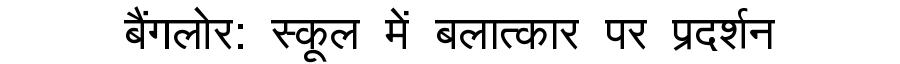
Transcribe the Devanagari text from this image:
बैंगलोर: स्कूल में बलात्कार पर प्रदर्शन